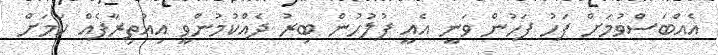
އެއްބަސްވުމަށް ފަހު ފަހުން ވަނީ އެއީ ފުލުހުން ބިރު ދެއްކުމުންވީ އިއުތިރާފެއް ކަމަށް